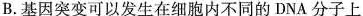
B.基因突变可以发生在细胞内不同的DNA分子上